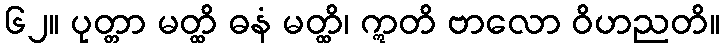
၆၂။ ပုတ္တာ မတ္ထိ ဓနံ မတ္ထိ၊ ဣတိ ဗာလော ဝိဟညတိ။